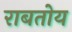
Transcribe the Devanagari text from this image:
राबतोय